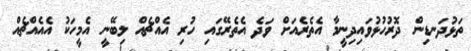
ތަޅުދަނޑިން ދޮރުހުޅުވައިދިނީމާ އެތެރެއަށް ވަދެ އެތެރޭގައި ހުރި އެއްޗެއް ލިބޭނީ އެމީހަކު އެއެއްޗެއް